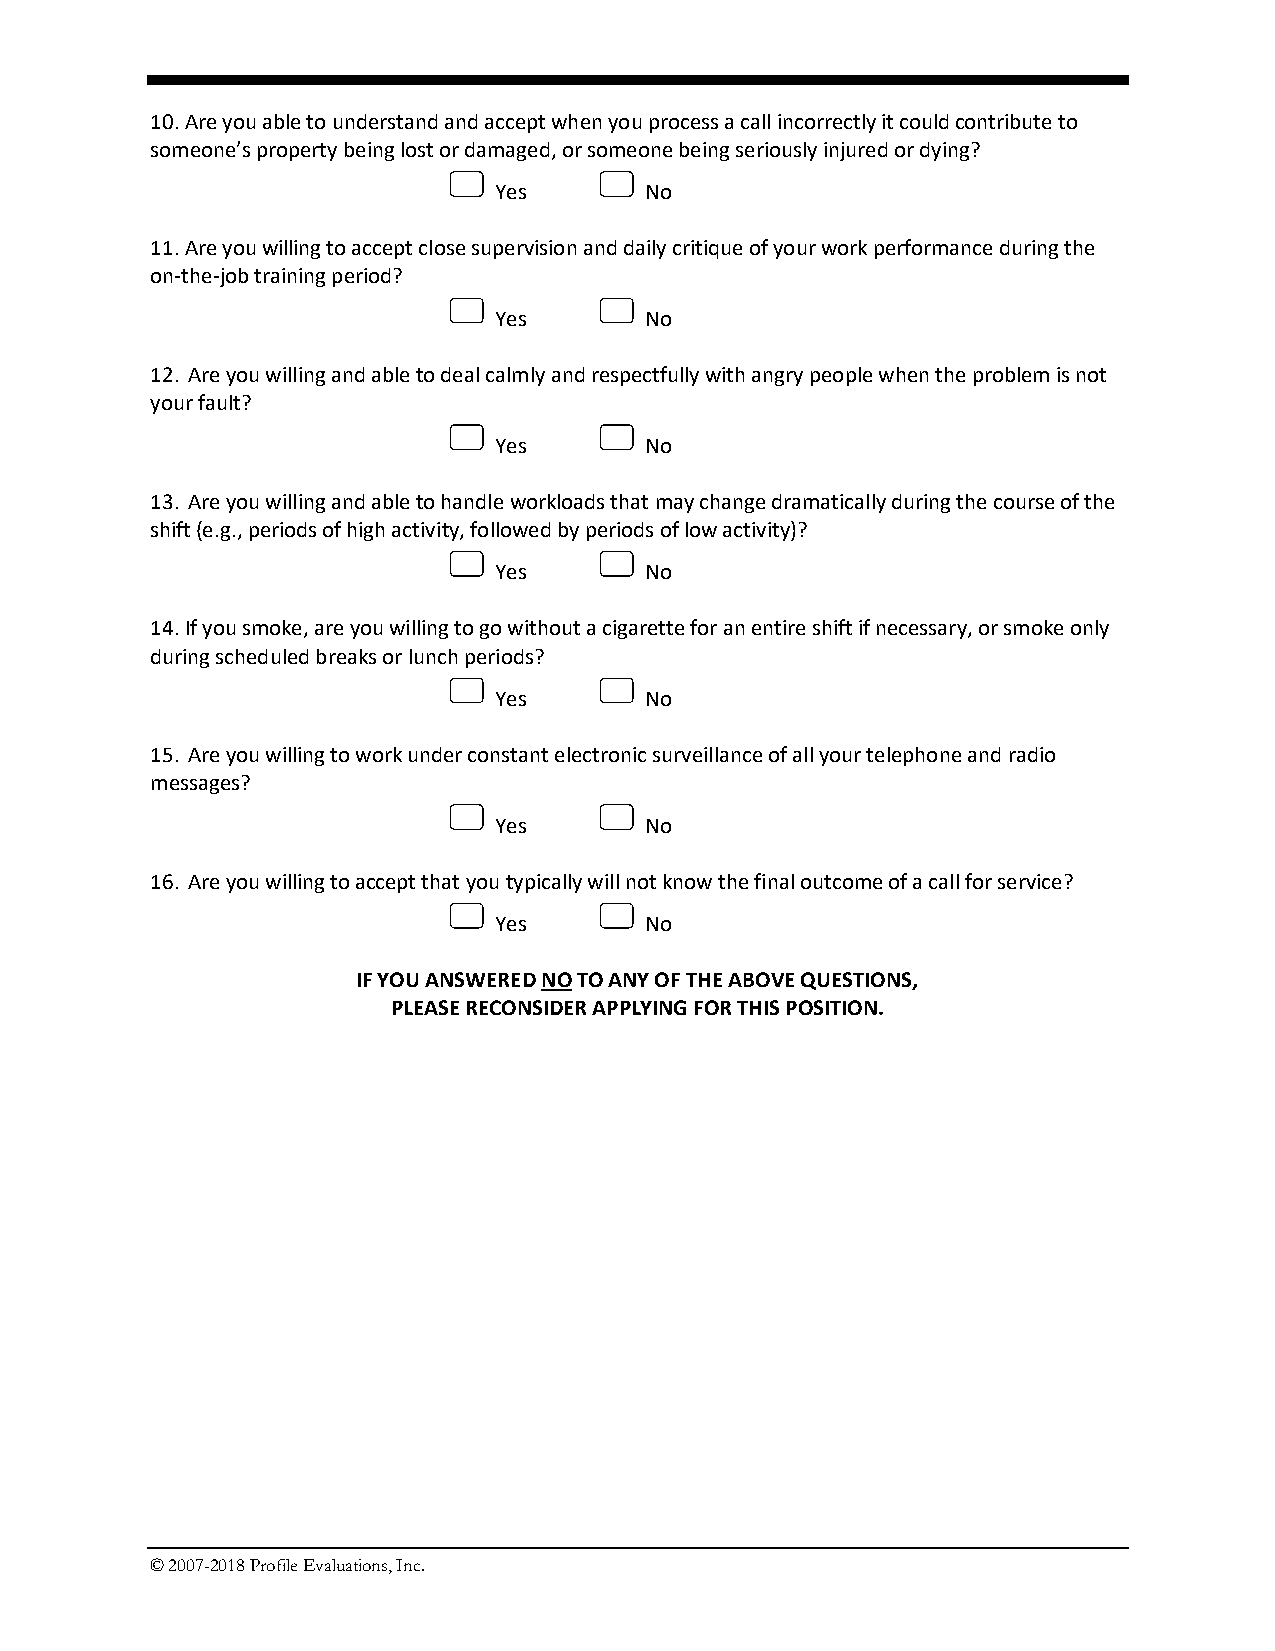
10. Are you able to understand and accept when you process a call incorrectly it could contribute to
 someone’s property being lost or damaged, or someone being seriously injured or dying?
 Yes       No
 11. Are you willing to accept close supervision and daily critique of your work performance during the
 on-the-job training period?
 Yes       No
 12. Are you willing and able to deal calmly and respectfully with angry people when the problem is not
 your fault?
 Yes       No
 13. Are you willing and able to handle workloads that may change dramatically during the course of the
 shift (e.g., periods of high activity, followed by periods of low activity)?
 Yes       No
 14. If you smoke, are you willing to go without a cigarette for an entire shift if necessary, or smoke only
 during scheduled breaks or lunch periods?
 Yes       No
 15. Are you willing to work under constant electronic surveillance of all your telephone and radio
 messages?
 Yes       No
 16. Are you willing to accept that you typically will not know the final outcome of a call for service?
 Yes       No
 IF YOU ANSWERED NO TO ANY OF THE ABOVE QUESTIONS,
 PLEASE RECONSIDER APPLYING FOR THIS POSITION.
 © 2007-2018 Profile Evaluations, Inc.